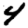
Digit: 4